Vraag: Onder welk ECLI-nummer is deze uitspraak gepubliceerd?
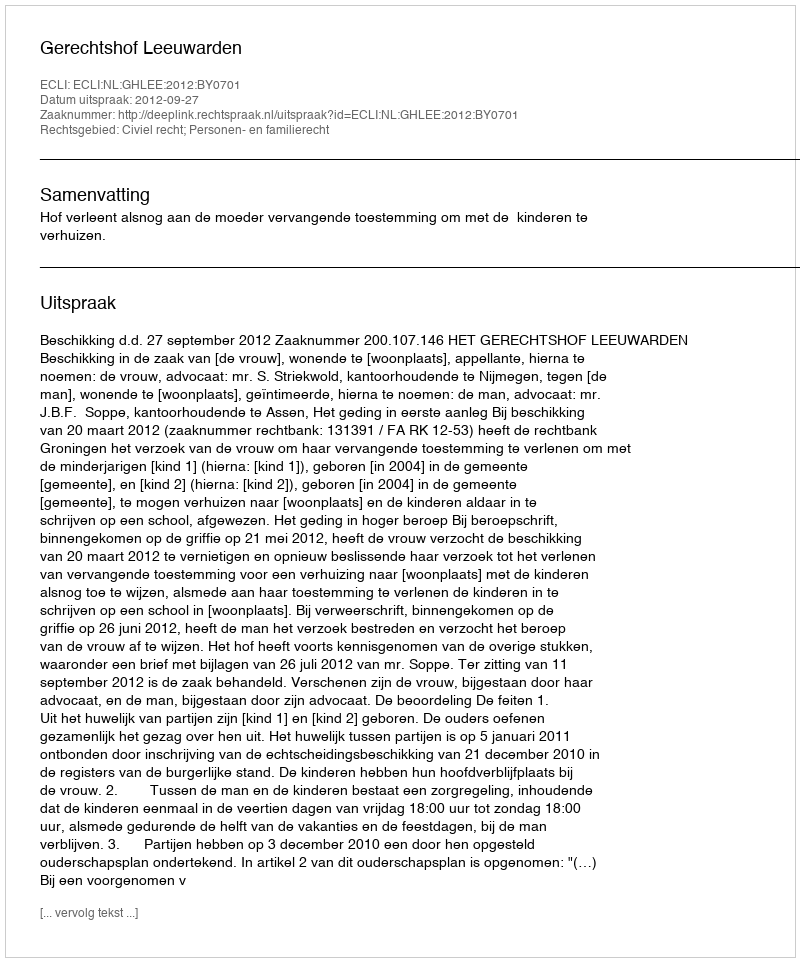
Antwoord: ECLI:NL:GHLEE:2012:BY0701